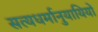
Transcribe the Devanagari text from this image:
सत्यधर्मानुयायियों